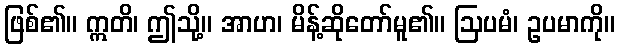
ဖြစ်၏။ ဣတိ၊ ဤသို့။ အာဟ၊ မိန့်ဆိုတော်မူ၏။ ဩပမံ၊ ဥပမာကို။